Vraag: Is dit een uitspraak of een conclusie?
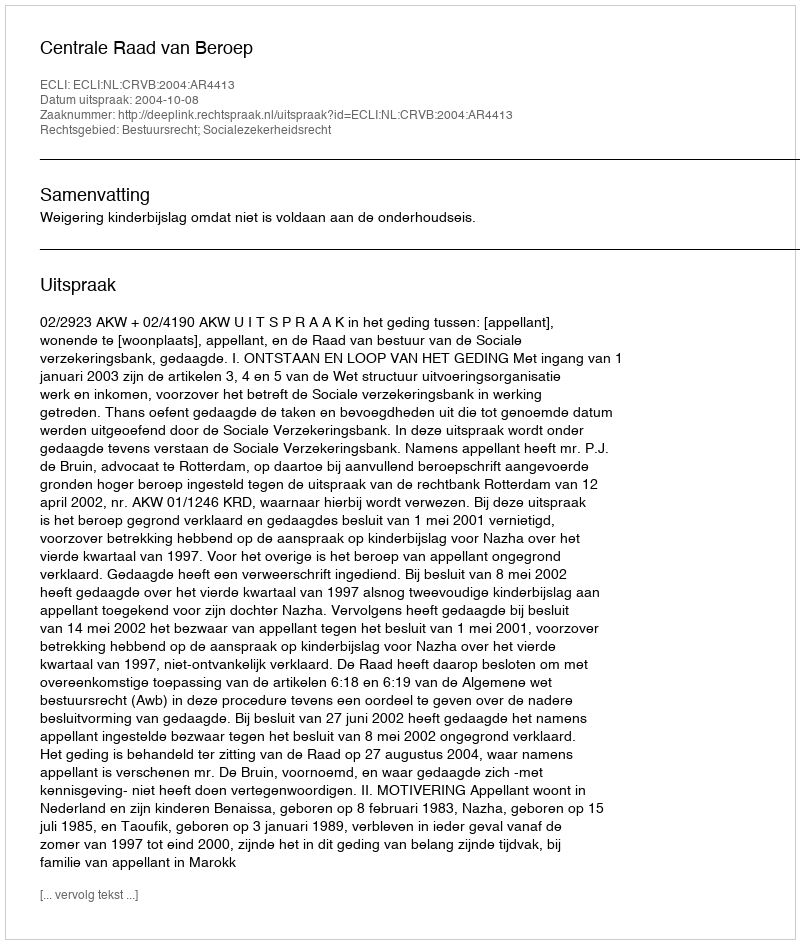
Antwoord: Uitspraak